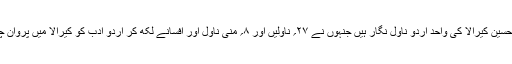
زُلیخا حُسین کیرالا کی واحد اُردو ناول نگار ہیں جنہوں نے ۲۷؍ ناولیں اور ۸؍ منی ناول اور افسانے لکھ کر اُردو ادب کو کیرالا میں پروان چڑھایا۔